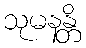
သုမနန္တိ